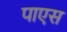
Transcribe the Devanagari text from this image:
पाएस